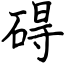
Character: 碍